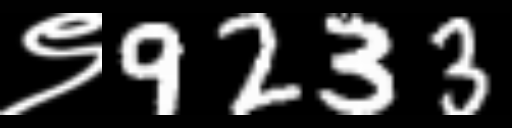
Text: ९9233